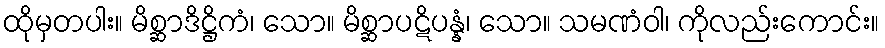
ထိုမှတပါး။ မိစ္ဆာဒိဋ္ဌိကံ၊ သော။ မိစ္ဆာပဋိပန္နံ၊ သော။ သမဏံဝါ၊ ကိုလည်းကောင်း။